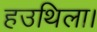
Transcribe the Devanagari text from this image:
हउथिला।